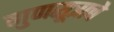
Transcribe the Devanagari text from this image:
गुणसूत्राचे